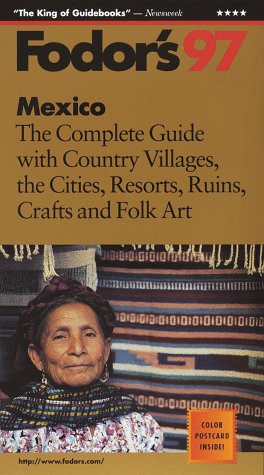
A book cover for Mexico '97: The Complete Guide with Country Villages, the Cities, Resorts, Ruins, Crafts and  Folk Art (Annual); Fodor's; Travel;